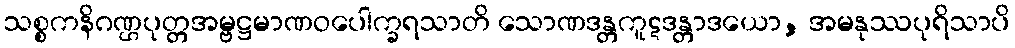
သစ္စကနိဂဏ္ဌပုတ္တအမ္ဗဋ္ဌမာဏဝပေါက္ခရသာတိ သောဏဒန္တကူဋဒန္တာဒယော, အမနုဿပုရိသာပိ